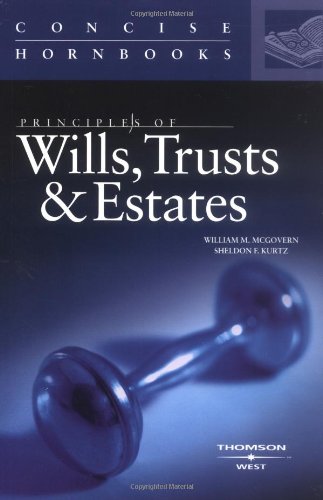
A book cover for Principles of Wills, Trusts and Estates: Concise Hornbook (Concise Hornbooks); William M., Jr. McGovern; Law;